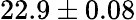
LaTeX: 22.9\pm 0.08